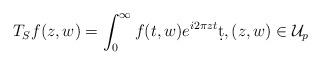
LaTeX: \begin{align*}T_Sf(z,w) = \int_0^{\infty} f(t,w) e^{i2\pi zt} \d t, (z,w) \in \mathcal{U}_p\end{align*}